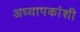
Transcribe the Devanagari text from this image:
अध्यापकांशी